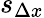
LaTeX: s_{\Delta x}